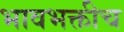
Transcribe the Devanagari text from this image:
भावभक्तीच